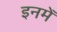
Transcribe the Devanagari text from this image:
इनमेँ